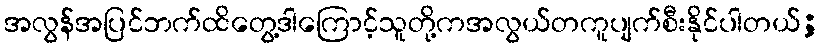
အလွန်အပြင်ဘက်ထိတွေ့ဒါကြောင့်သူတို့ကအလွယ်တကူပျက်စီးနိုင်ပါတယ်;